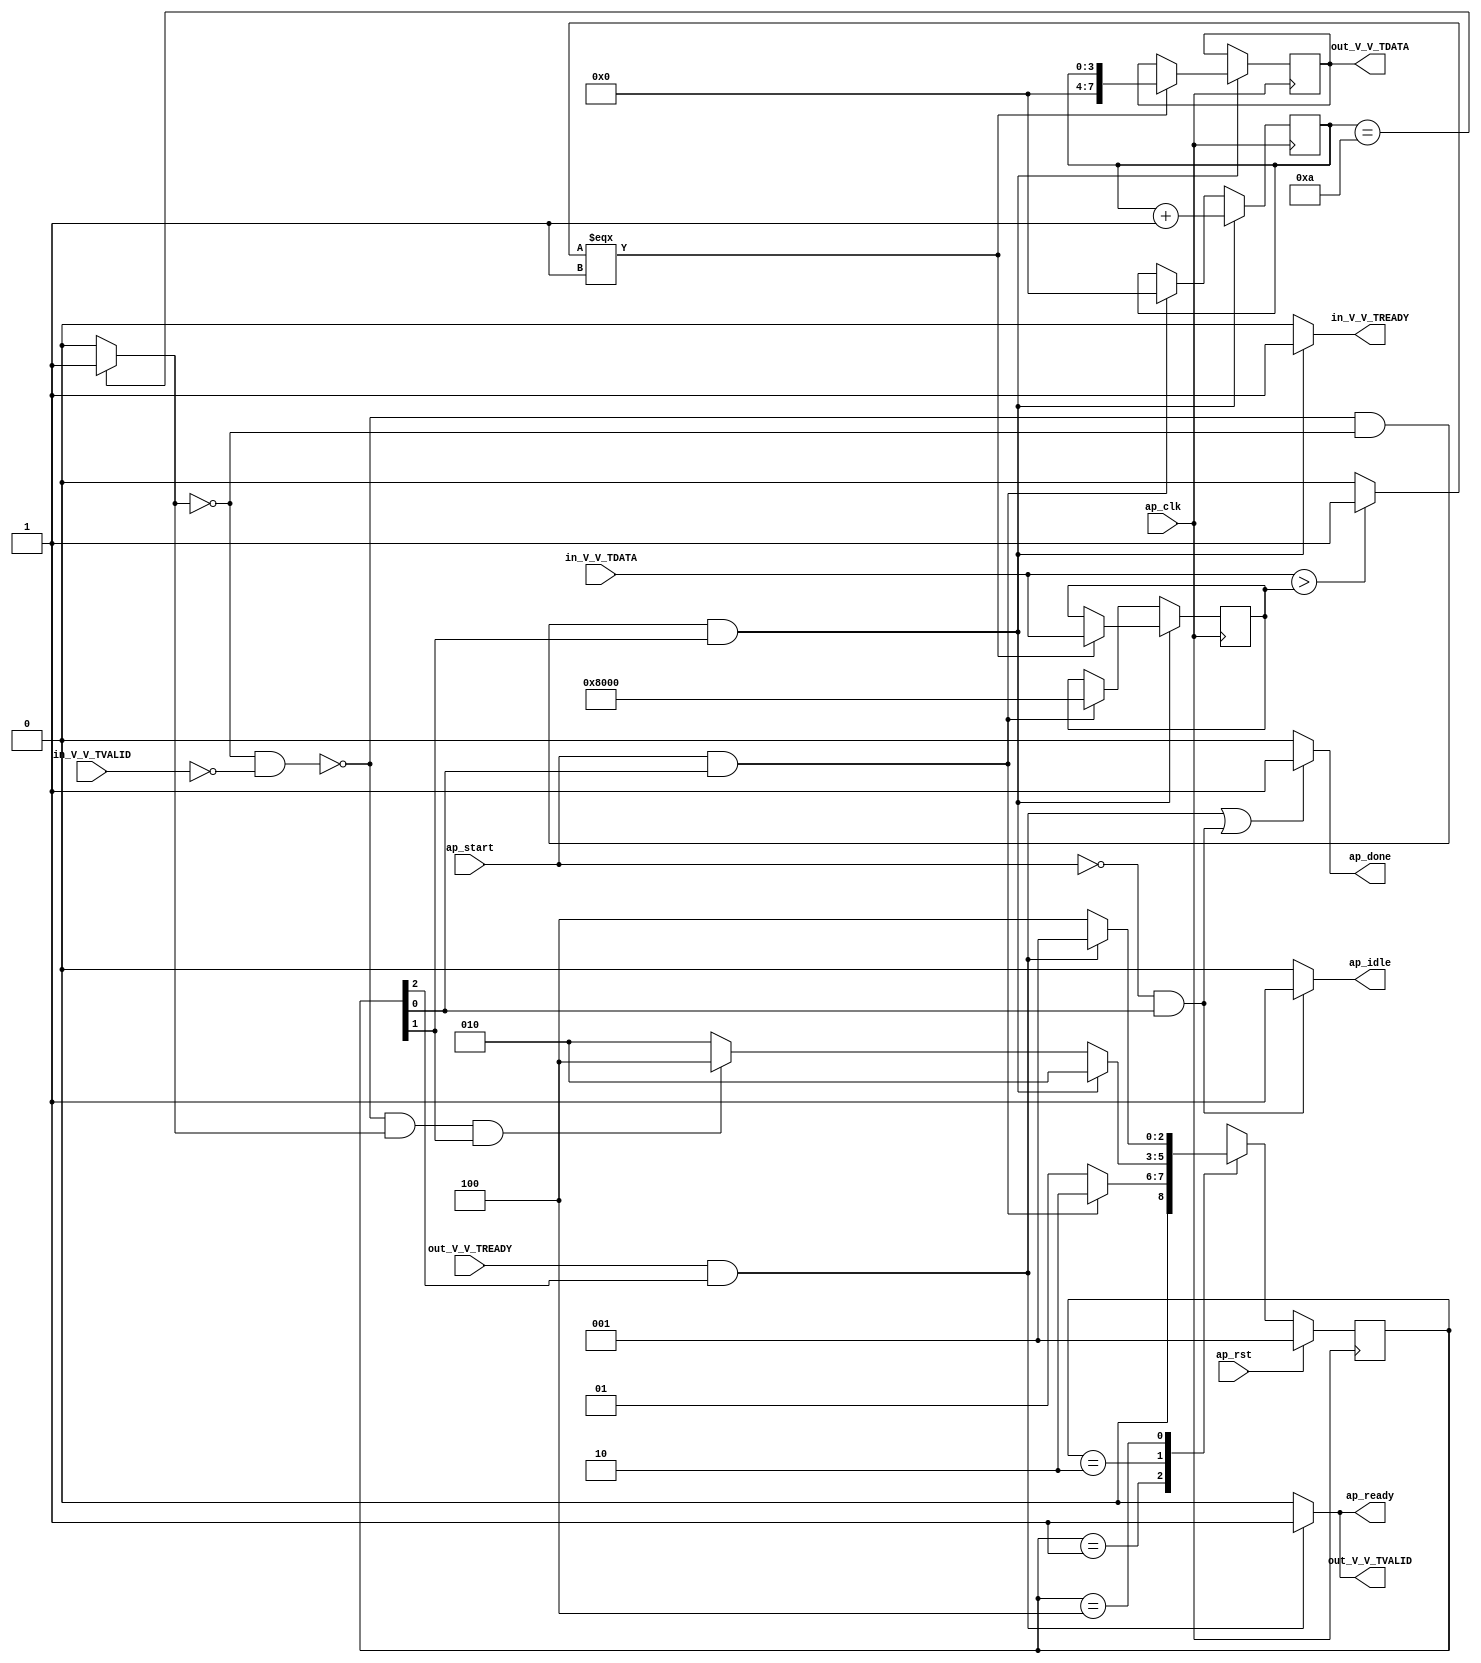
// ==============================================================
// RTL generated by Vivado(TM) HLS - High-Level Synthesis from C, C++ and OpenCL
// Version: 2020.1
// Copyright (C) 1986-2020 Xilinx, Inc. All Rights Reserved.
// 
// ===========================================================

`timescale 1 ns / 1 ps 

module LabelSelect_Batch_0_LabelSelect_Batch (
        ap_clk,
        ap_rst,
        ap_start,
        ap_done,
        ap_idle,
        ap_ready,
        in_V_V_TDATA,
        in_V_V_TVALID,
        in_V_V_TREADY,
        out_V_V_TDATA,
        out_V_V_TVALID,
        out_V_V_TREADY
);

parameter    ap_ST_fsm_state1 = 3'd1;
parameter    ap_ST_fsm_state2 = 3'd2;
parameter    ap_ST_fsm_state3 = 3'd4;

input   ap_clk;
input   ap_rst;
input   ap_start;
output   ap_done;
output   ap_idle;
output   ap_ready;
input  [15:0] in_V_V_TDATA;
input   in_V_V_TVALID;
output   in_V_V_TREADY;
output  [7:0] out_V_V_TDATA;
output   out_V_V_TVALID;
input   out_V_V_TREADY;

reg ap_done;
reg ap_idle;
reg ap_ready;
reg in_V_V_TREADY;
reg out_V_V_TVALID;

(* fsm_encoding = "none" *) reg   [2:0] ap_CS_fsm;
wire    ap_CS_fsm_state1;
reg    in_V_V_TDATA_blk_n;
wire    ap_CS_fsm_state2;
wire   [0:0] icmp_ln470_fu_83_p2;
reg    out_V_V_TDATA_blk_n;
wire    ap_CS_fsm_state3;
wire   [3:0] add_ln493_fu_89_p2;
reg    ap_block_state2;
wire   [15:0] topval_0_V_1_fu_105_p3;
reg   [15:0] topval_V_0_0_reg_57;
reg   [3:0] idx_0_0_reg_68;
reg   [7:0] tmp_V_fu_40;
wire   [7:0] toplabels_0_V_1_fu_113_p3;
wire   [0:0] icmp_ln895_fu_95_p2;
wire   [7:0] toplabels_0_V_fu_101_p1;
reg   [2:0] ap_NS_fsm;

// power-on initialization
initial begin
#0 ap_CS_fsm = 3'd1;
end

always @ (posedge ap_clk) begin
    if (ap_rst == 1'b1) begin
        ap_CS_fsm <= ap_ST_fsm_state1;
    end else begin
        ap_CS_fsm <= ap_NS_fsm;
    end
end

always @ (posedge ap_clk) begin
    if ((~((icmp_ln470_fu_83_p2 == 1'd0) & (in_V_V_TVALID == 1'b0)) & (icmp_ln470_fu_83_p2 == 1'd0) & (1'b1 == ap_CS_fsm_state2))) begin
        idx_0_0_reg_68 <= add_ln493_fu_89_p2;
    end else if (((ap_start == 1'b1) & (1'b1 == ap_CS_fsm_state1))) begin
        idx_0_0_reg_68 <= 4'd0;
    end
end

always @ (posedge ap_clk) begin
    if ((~((icmp_ln470_fu_83_p2 == 1'd0) & (in_V_V_TVALID == 1'b0)) & (icmp_ln470_fu_83_p2 == 1'd0) & (1'b1 == ap_CS_fsm_state2))) begin
        topval_V_0_0_reg_57 <= topval_0_V_1_fu_105_p3;
    end else if (((ap_start == 1'b1) & (1'b1 == ap_CS_fsm_state1))) begin
        topval_V_0_0_reg_57 <= 16'd32768;
    end
end

always @ (posedge ap_clk) begin
    if ((~((icmp_ln470_fu_83_p2 == 1'd0) & (in_V_V_TVALID == 1'b0)) & (icmp_ln470_fu_83_p2 == 1'd0) & (1'b1 == ap_CS_fsm_state2))) begin
        tmp_V_fu_40 <= toplabels_0_V_1_fu_113_p3;
    end
end

always @ (*) begin
    if ((((out_V_V_TREADY == 1'b1) & (1'b1 == ap_CS_fsm_state3)) | ((ap_start == 1'b0) & (1'b1 == ap_CS_fsm_state1)))) begin
        ap_done = 1'b1;
    end else begin
        ap_done = 1'b0;
    end
end

always @ (*) begin
    if (((ap_start == 1'b0) & (1'b1 == ap_CS_fsm_state1))) begin
        ap_idle = 1'b1;
    end else begin
        ap_idle = 1'b0;
    end
end

always @ (*) begin
    if (((out_V_V_TREADY == 1'b1) & (1'b1 == ap_CS_fsm_state3))) begin
        ap_ready = 1'b1;
    end else begin
        ap_ready = 1'b0;
    end
end

always @ (*) begin
    if (((icmp_ln470_fu_83_p2 == 1'd0) & (1'b1 == ap_CS_fsm_state2))) begin
        in_V_V_TDATA_blk_n = in_V_V_TVALID;
    end else begin
        in_V_V_TDATA_blk_n = 1'b1;
    end
end

always @ (*) begin
    if ((~((icmp_ln470_fu_83_p2 == 1'd0) & (in_V_V_TVALID == 1'b0)) & (icmp_ln470_fu_83_p2 == 1'd0) & (1'b1 == ap_CS_fsm_state2))) begin
        in_V_V_TREADY = 1'b1;
    end else begin
        in_V_V_TREADY = 1'b0;
    end
end

always @ (*) begin
    if ((1'b1 == ap_CS_fsm_state3)) begin
        out_V_V_TDATA_blk_n = out_V_V_TREADY;
    end else begin
        out_V_V_TDATA_blk_n = 1'b1;
    end
end

always @ (*) begin
    if (((out_V_V_TREADY == 1'b1) & (1'b1 == ap_CS_fsm_state3))) begin
        out_V_V_TVALID = 1'b1;
    end else begin
        out_V_V_TVALID = 1'b0;
    end
end

always @ (*) begin
    case (ap_CS_fsm)
        ap_ST_fsm_state1 : begin
            if (((ap_start == 1'b1) & (1'b1 == ap_CS_fsm_state1))) begin
                ap_NS_fsm = ap_ST_fsm_state2;
            end else begin
                ap_NS_fsm = ap_ST_fsm_state1;
            end
        end
        ap_ST_fsm_state2 : begin
            if ((~((icmp_ln470_fu_83_p2 == 1'd0) & (in_V_V_TVALID == 1'b0)) & (icmp_ln470_fu_83_p2 == 1'd0) & (1'b1 == ap_CS_fsm_state2))) begin
                ap_NS_fsm = ap_ST_fsm_state2;
            end else if ((~((icmp_ln470_fu_83_p2 == 1'd0) & (in_V_V_TVALID == 1'b0)) & (icmp_ln470_fu_83_p2 == 1'd1) & (1'b1 == ap_CS_fsm_state2))) begin
                ap_NS_fsm = ap_ST_fsm_state3;
            end else begin
                ap_NS_fsm = ap_ST_fsm_state2;
            end
        end
        ap_ST_fsm_state3 : begin
            if (((out_V_V_TREADY == 1'b1) & (1'b1 == ap_CS_fsm_state3))) begin
                ap_NS_fsm = ap_ST_fsm_state1;
            end else begin
                ap_NS_fsm = ap_ST_fsm_state3;
            end
        end
        default : begin
            ap_NS_fsm = 'bx;
        end
    endcase
end

assign add_ln493_fu_89_p2 = (idx_0_0_reg_68 + 4'd1);

assign ap_CS_fsm_state1 = ap_CS_fsm[32'd0];

assign ap_CS_fsm_state2 = ap_CS_fsm[32'd1];

assign ap_CS_fsm_state3 = ap_CS_fsm[32'd2];

always @ (*) begin
    ap_block_state2 = ((icmp_ln470_fu_83_p2 == 1'd0) & (in_V_V_TVALID == 1'b0));
end

assign icmp_ln470_fu_83_p2 = ((idx_0_0_reg_68 == 4'd10) ? 1'b1 : 1'b0);

assign icmp_ln895_fu_95_p2 = (($signed(in_V_V_TDATA) > $signed(topval_V_0_0_reg_57)) ? 1'b1 : 1'b0);

assign out_V_V_TDATA = tmp_V_fu_40;

assign toplabels_0_V_1_fu_113_p3 = ((icmp_ln895_fu_95_p2[0:0] === 1'b1) ? toplabels_0_V_fu_101_p1 : tmp_V_fu_40);

assign toplabels_0_V_fu_101_p1 = idx_0_0_reg_68;

assign topval_0_V_1_fu_105_p3 = ((icmp_ln895_fu_95_p2[0:0] === 1'b1) ? in_V_V_TDATA : topval_V_0_0_reg_57);

endmodule //LabelSelect_Batch_0_LabelSelect_Batch